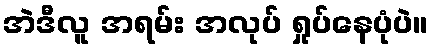
အဲဒီလူ အရမ်း အလုပ် ရှုပ်နေပုံပဲ။